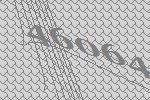
46064